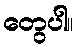
တွေပါ။